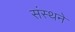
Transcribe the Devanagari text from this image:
संस्थने